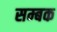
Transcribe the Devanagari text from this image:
सम्बक